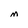
Character: m